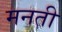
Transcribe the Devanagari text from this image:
मनती